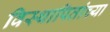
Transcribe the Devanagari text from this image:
विस्थापितांच्या